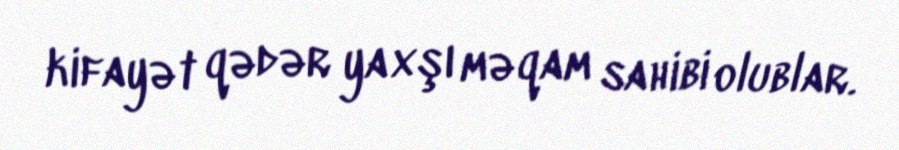
kifayət qədər yaxşı məqam sahibi olublar.